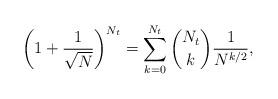
LaTeX: \begin{align*}\biggl(1+\frac{1}{\sqrt{N}}\biggr)^{N_t} = \sum_{k=0}^{N_t}{N_t \choose k} \frac{1}{N^{k/2}},\end{align*}